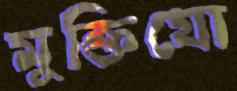
মুক্তিযো